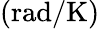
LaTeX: \mathrm{(rad/K)}